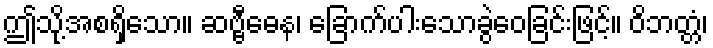
ဤသို့အစရှိသော။ ဆဗ္ဗီဓေန၊ ခြောက်ပါးသောခွဲဝေခြင်းဖြင့်။ ဝိဘတ္တံ၊